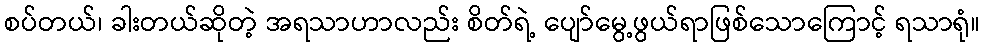
စပ်တယ်၊ ခါးတယ်ဆိုတဲ့ အရသာဟာလည်း စိတ်ရဲ့ ပျော်မွေ့ဖွယ်ရာဖြစ်သောကြောင့် ရသာရုံ။